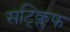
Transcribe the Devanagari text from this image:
सट्क्लिफ